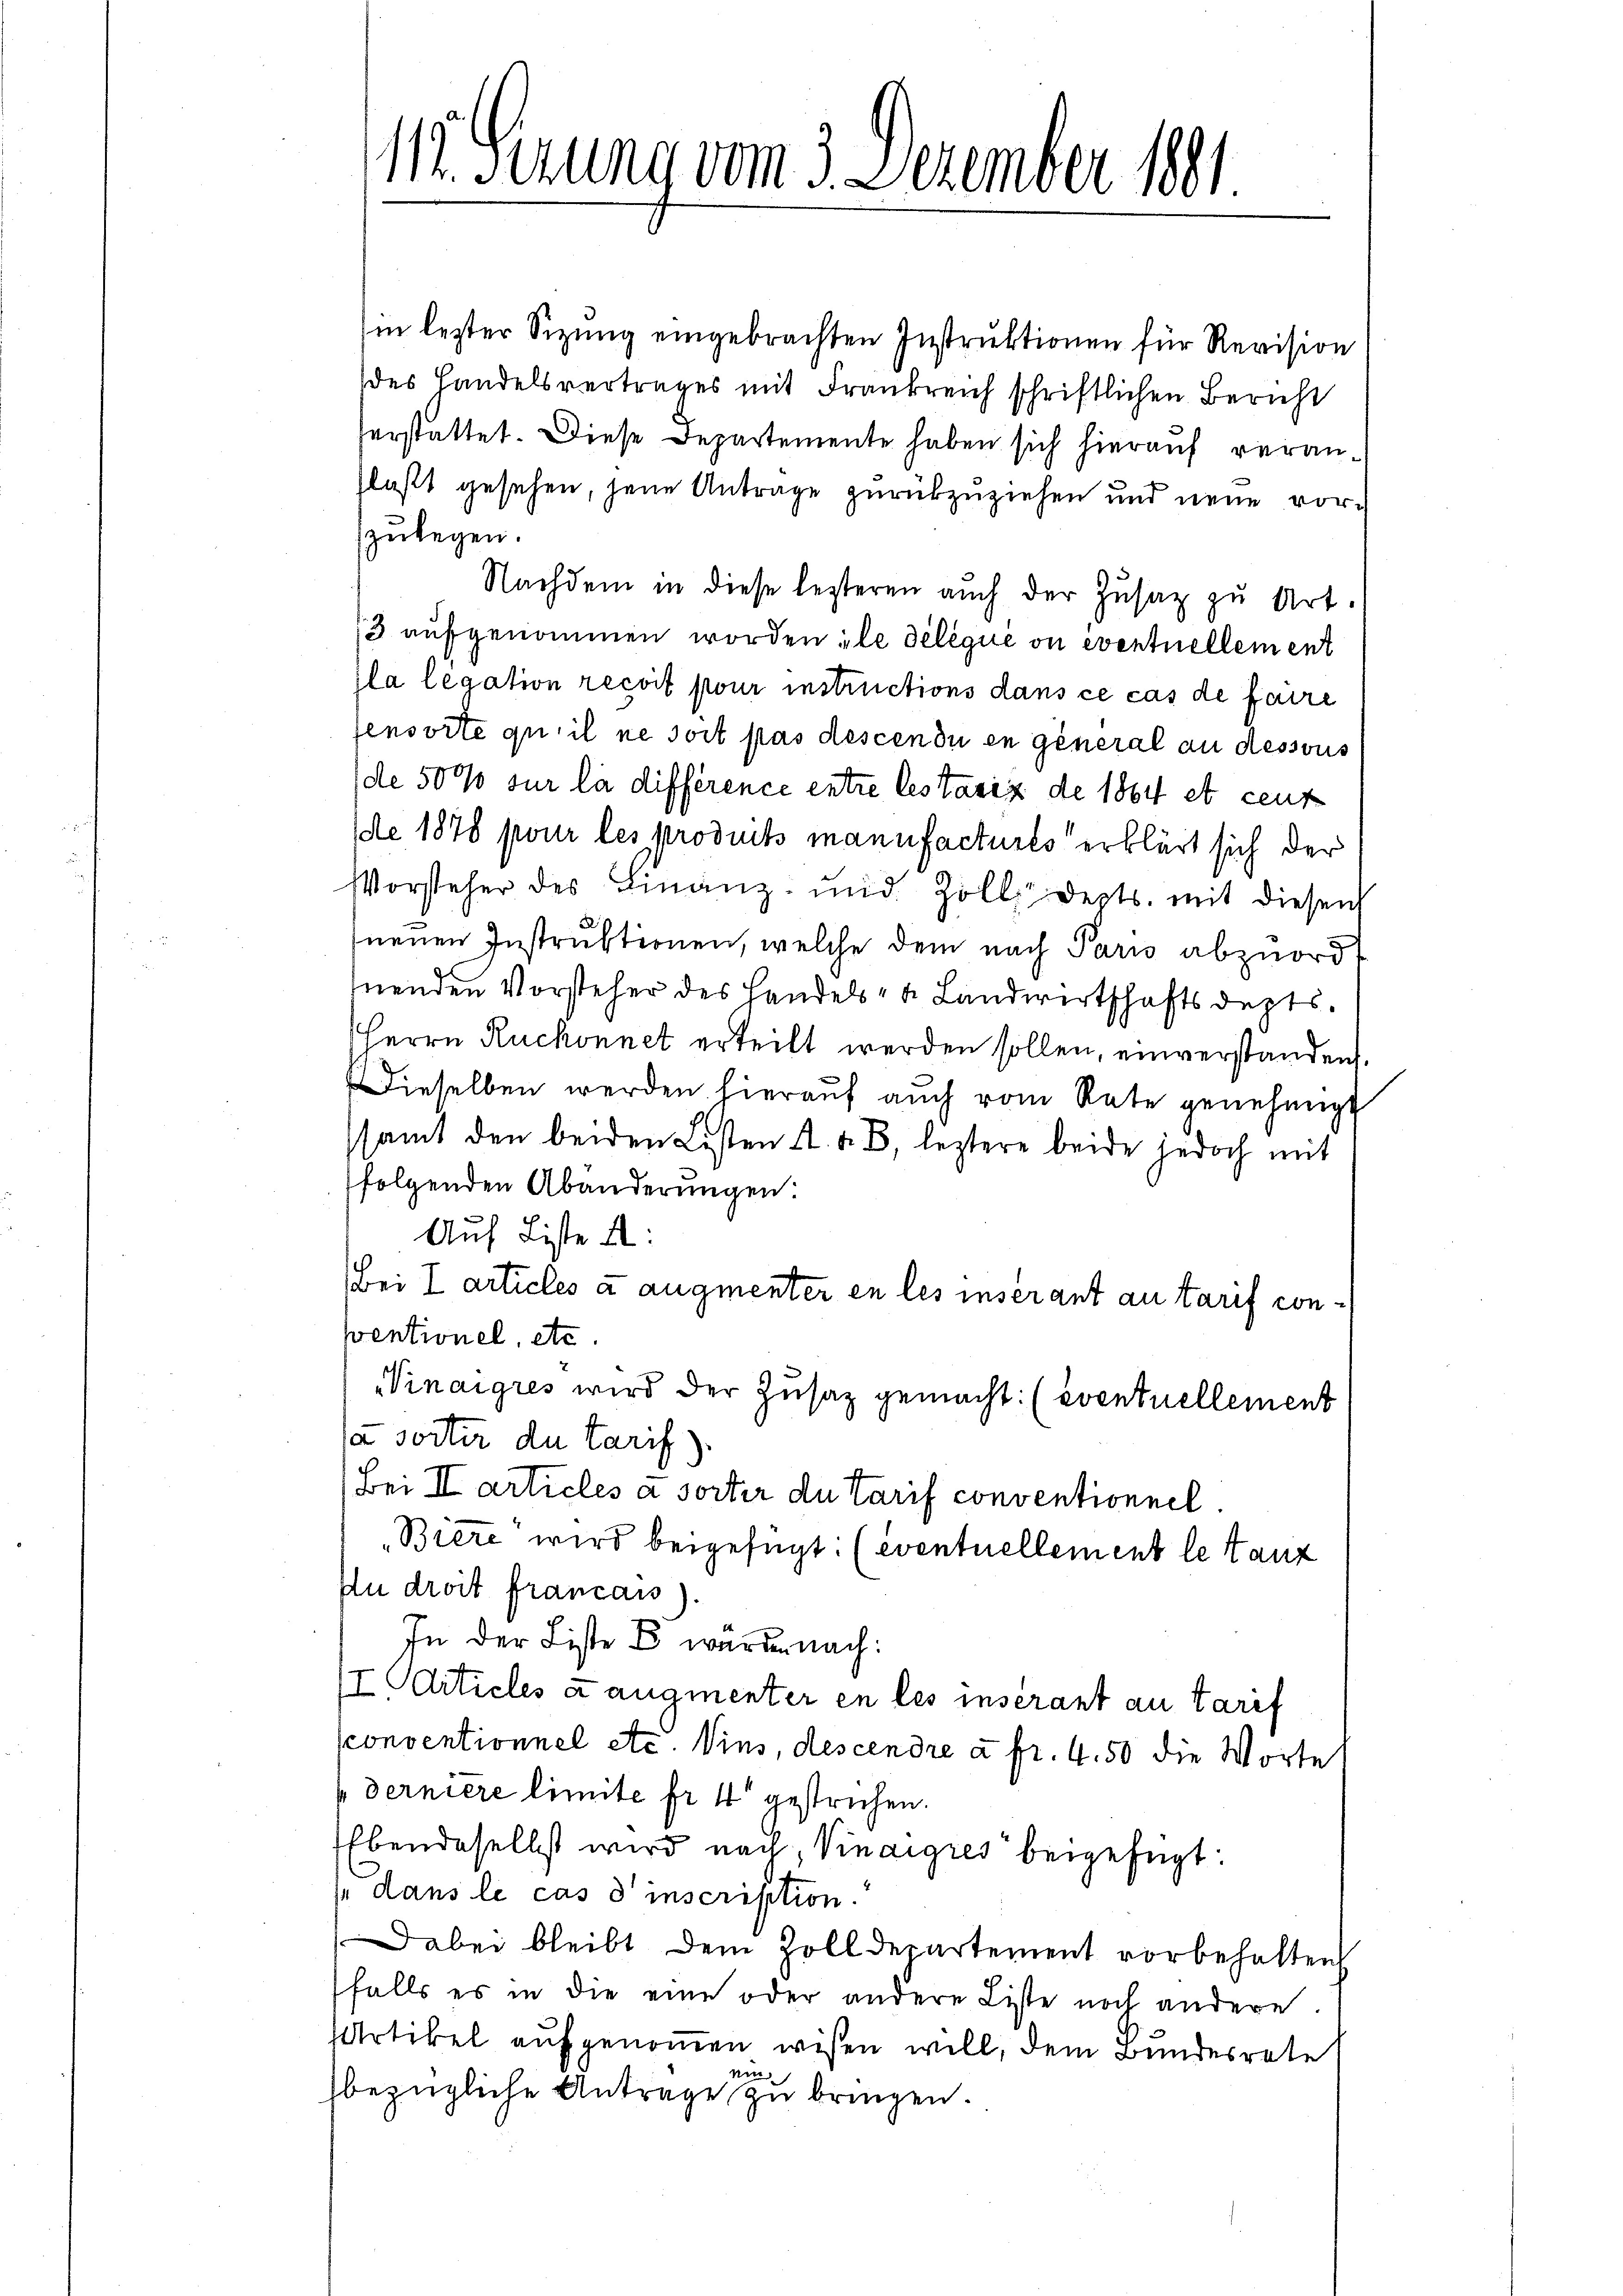
112. Serung vom 3. Dezember 1891

in lezter Sitzung eingebrachten Instruktionen für Revision
des Landelsvertrages mit Frankreich schriftlichen Bericht
herstattet. Diese Departemente haben sich hierauf veranlaßt gesehen, jene Antrage zurückzuziehen und neue vorzulegen.
Nachdem in diese lezteren auch der Zusatz zu Art.
/3 aufgenommen worden ile délégue on eventuellement
Gla légation recoit pour instructions dans ce cas de faire
ensorte qu’il ne soit pas descendii en general an dessous
(de 50% sur la différence entre lestasiz de 1864 et cent
(de 1878 pour les produits manufactures erklärt sich der
Vorsteher des Finanz- und Zoll depts. mit diesen
neuen Instruktionen, welche dem nach Paris abzuordt
nenden Vorsteher des Handels- u. Landwirtschaftsdepts.
Herrn Ruchonnet erteilt werden sollen, einverstanden.
Dieselben werden hieraŭf aŭch vom Rate genehmigt
samt den beiden Lasten A. A. B. leztere beide jedoch mit
folgenden Abänderungen
Auf Liste :
Bei I Articles à augmenter en les inserant au tarif conventionel, etc.
Winaires wird der Zusatz gemacht: (eventuellement
ja sorter du tarif).
Bei II articles à sorter du tarif conventionnel.
Biere wird beigefügt: (eventuellement le tanz
Au droit francass).
In der Liste Er wurde nach:
I Articles u augmenter en les insérant au tarif
conventionnel etc. Vins, descendre à fr. 4. 50 die Worte
derniere limite fr. 4 gestrichen.
Ebendaselbst wird nach, Vinaires beigefügt:
in dans le cas d’inscription.
Dabei bleibt dem Zolldepartement vorbehalten
falls es in die eine oder andere Liste noch andere.
Artikel aufgenommen wißen will, dem Bundesrate
vin
bezügliche Antrage zu bringen.